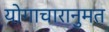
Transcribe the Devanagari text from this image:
योगाचारानुमत